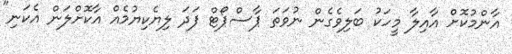
އާންމުކޮށް އާއިލާ މީހަކު ބަލިވެގެން ނުވަތަ ޕާސްޕޯޓް ފަދަ ލިޔެކިޔުމެއް އާކޮށްލަން އެކަނި"